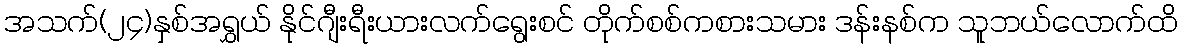
အသက်(၂၄)နှစ်အရွှယ် နိုင်ဂျီးရီးယားလက်ရွေးစင် တိုက်စစ်ကစားသမား ဒန်းနစ်က သူဘယ်လောက်ထိ